画像に写った文字を読んでください
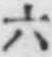
「六」と書いてあります